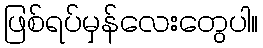
ဖြစ်ရပ်မှန်လေးတွေပါ။